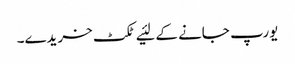
یورپ جانے کے لئیے ٹکٹ خریدے۔